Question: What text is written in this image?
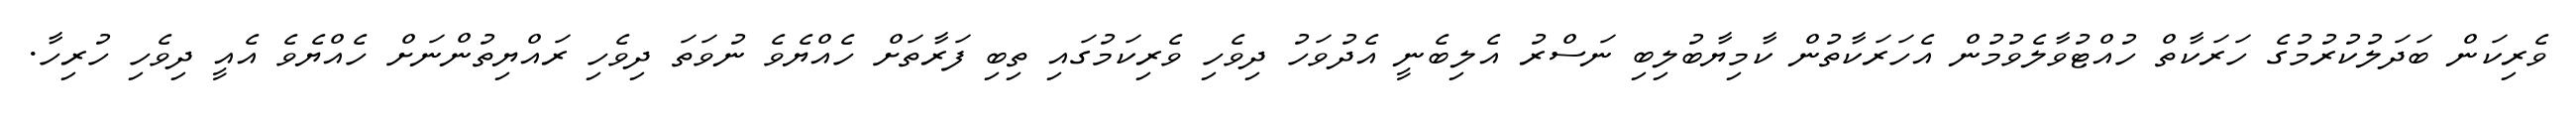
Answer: ވެރިކަން ބަދަލުކުރުމުގެ ހަރަކާތް ހުއްޓުވާލެވުމުން އެހަރަކާތުން ކާމިޔާބުލިބި ނަސްރު އެލިބެނީ އެދުވަހު ދިވެހި ވެރިކަމުގައި ތިބި ފަރާތަށް ހެއްޔެވެ ނުވަތަ ދިވެހި ރައްޔިތުންނަށް ހެއްޔެވެ އެއީ ދިވެހި ހުރިހާ.